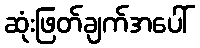
ဆုံးဖြတ်ချက်အပေါ်